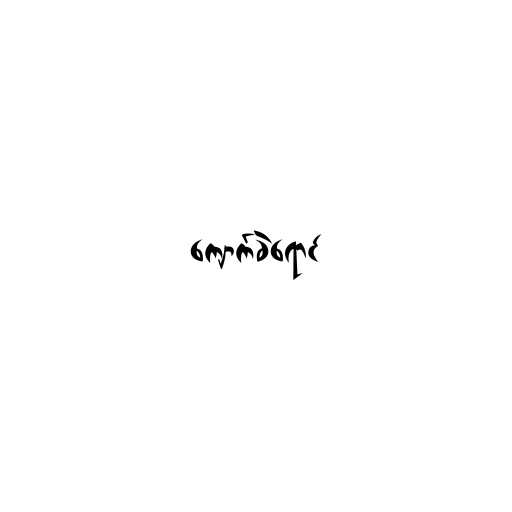
ကျောက်ခဲရောင်